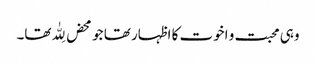
وہی محبت و اخوت کا اظہار تھا جو محض لِلّٰہ تھا۔